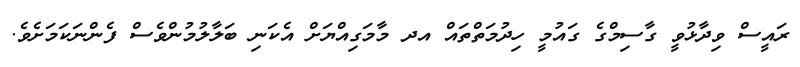
ރައީސް ވިދާޅުވީ ގާސިމްގެ ގައުމީ ހިދުމަތްތައް އދ މާމަގިއްޔަށް އެކަނި ބަލާލުމުންވެސް ފެންނަކަމަށެވެ.